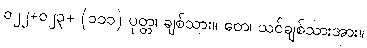
၀၂၂+၀၂၃+ (၁၁၁) ပုတ္တ၊ ချစ်သား။ တေ၊ သင်ချစ်သားအား။